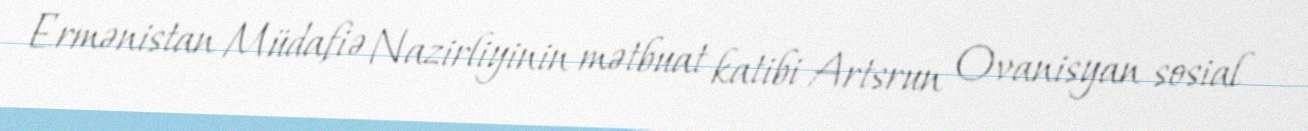
Ermənistan Müdafiə Nazirliyinin mətbuat katibi Artsrun Ovanisyan sosial